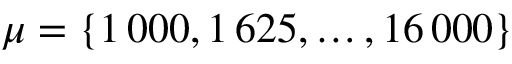
\mu = \{ 1 \, 0 0 0 , 1 \, 6 2 5 , \dots , 1 6 \, 0 0 0 \}